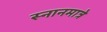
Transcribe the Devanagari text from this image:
स्नानमात्रे